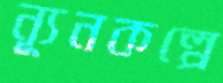
ন্যূনকল্পে